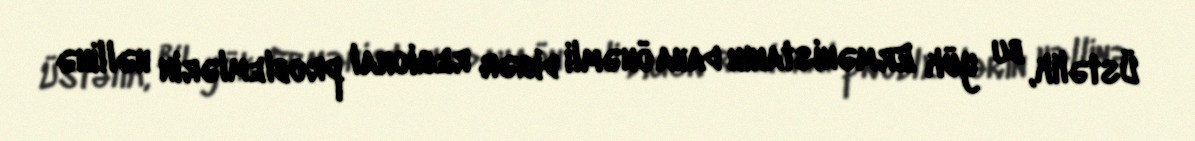
Üstəlik, bu yük Ermənistanın daha önəmli digər regional problemlərin həllinə